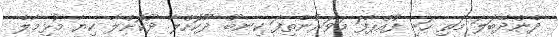
ދެންދޭބަލަ މަތި ހަށި ފުއްޕާފަ މަވަރުނެތިފަ ކިނބޫ ދޫކޮށްލާ ދޫކޮށްލާ ކިޔާ މުޅިމާލެ